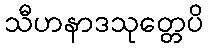
သီဟနာဒသုတ္တေပိ